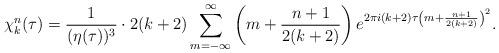
LaTeX: \begin{align*}\chi_k^n(\tau) = {1 \over {(\eta(\tau))^3}} \cdot 2(k+2) \sum_{m=-\infty}^\infty \left( m + {{n+1} \over {2(k+2)}} \right) e^{2 \pi i (k+2) \tau \left( m + {{n+1} \over {2(k+2)}} \right)^2}.\end{align*}